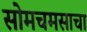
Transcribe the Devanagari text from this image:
सोमचमसाचा